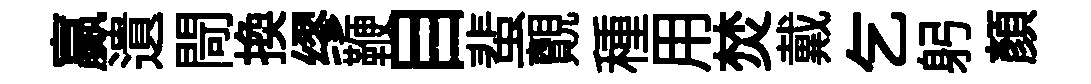
贏遺閜換缪鞭目蜚覿種用焚戴乞躬顏